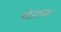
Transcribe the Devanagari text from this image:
भोजाच्या